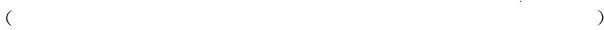
( )